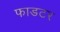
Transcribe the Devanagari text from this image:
फाडटर